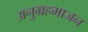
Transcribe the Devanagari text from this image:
अनुग्रहभाजन